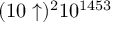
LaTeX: ( 1 0 \uparrow ) ^ { 2 } 1 0 ^ { 1 4 5 3 }